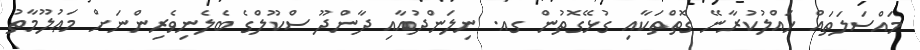
މައްސަލަތައް ހައްލުކުރާނޭ ގޮތްތަކާއި ގުޅޭގޮތުން ގއ. ނިލަންދުއާއި ދާންދޫ ސްކޫލްގެ ބެލެނިވެރިންނަށް މަޢުލޫމާތު